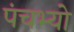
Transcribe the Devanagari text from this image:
पंचभ्यो